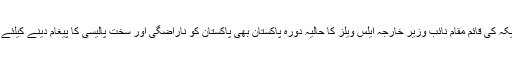
امریکہ کی قائم مقام نائب وزیر خارجہ ایلس ویلز کا حالیہ دورہ پاکستان بھی پاکستان کو ناراضگی اور سخت پالیسی کا پیغام دینے کیلئے تھا۔